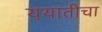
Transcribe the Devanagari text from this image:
ययातीचा